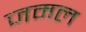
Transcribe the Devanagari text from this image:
जमल